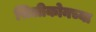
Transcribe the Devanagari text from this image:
सिलीकोनच्या